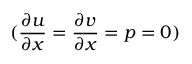
( \frac { \partial u } { \partial x } = \frac { \partial v } { \partial x } = p = 0 )